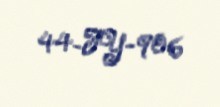
44-FY-906